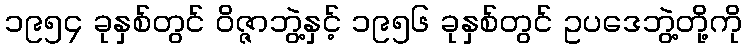
၁၉၅၄ ခုနှစ်တွင် ဝိဇ္ဇာဘွဲ့နှင့် ၁၉၅၆ ခုနှစ်တွင် ဥပဒေဘွဲ့တို့ကို